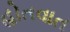
હોતવાત